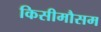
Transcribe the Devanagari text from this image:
किसीमौसम